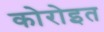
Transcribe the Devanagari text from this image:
कोरोइत